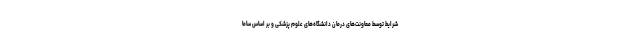
شرایط توسط معاونت‌های درمان دانشگاه‌های علوم پزشکی و بر اساس ساما